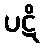
ပဋိ